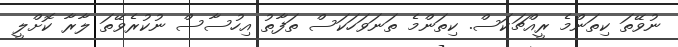
ނުވޭތަ ކިތަންމެ ރީއްޗަކަސް. ކިތަންމެ ތަނަވަހަކަސް ތަފާތު އިހުސާސް ނުކުރެވޭތަ ލާރާ ކޮށްލީ